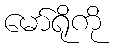
မော်ရိုကို